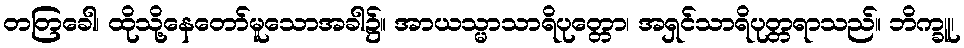
တတြခေါ၊ ထိုသို့နေတော်မူသောအခါ၌။ အာယသ္မာသာရိပုတ္တော၊ အရှင်သာရိပုတ္တရာသည်။ ဘိက္ခူ၊